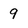
Character: 9